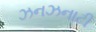
ઝનઝનાટી